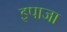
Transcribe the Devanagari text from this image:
इपाजा